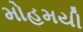
મોહમયી